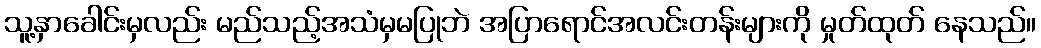
သူ့နှာခေါင်းမှလည်း မည်သည့်အသံမှမပြုဘဲ အပြာရောင်အလင်းတန်းများကို မှုတ်ထုတ် နေသည်။